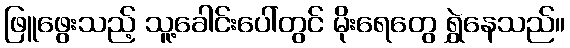
ဖြူဖွေးသည့် သူ့ခေါင်းပေါ်တွင် မိုးရေတွေ ရွှဲနေသည်။